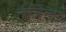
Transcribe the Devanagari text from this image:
एंजिला